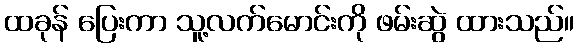
ထခုန် ပြေးကာ သူ့လက်မောင်းကို ဖမ်းဆွဲ ထားသည်။